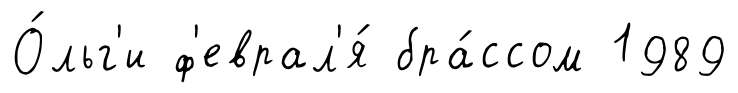
О́льг'и ф'еврал'я́ бра́ссом 1989